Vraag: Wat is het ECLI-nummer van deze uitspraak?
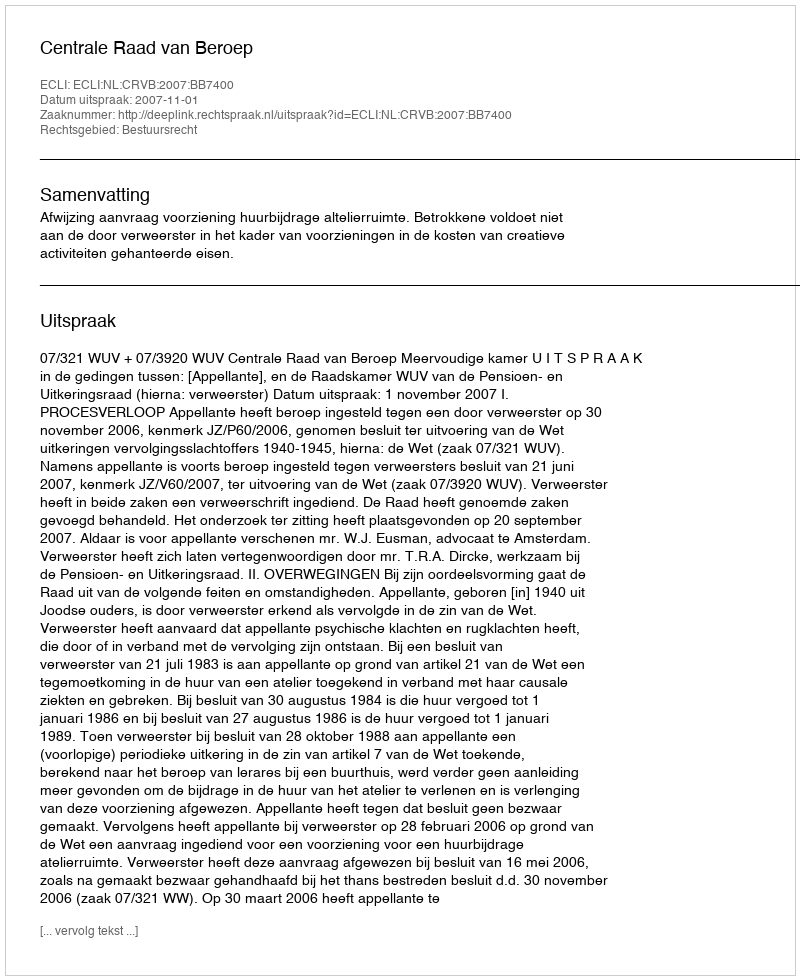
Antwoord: ECLI:NL:CRVB:2007:BB7400